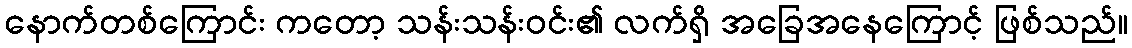
နောက်တစ်ကြောင်း ကတော့ သန်းသန်းဝင်း၏ လက်ရှိ အခြေအနေကြောင့် ဖြစ်သည်။